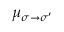
\mu _ { \sigma \to \sigma ^ { \prime } }